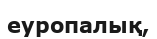
еуропалық,